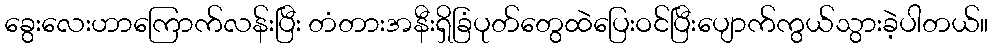
ခွေးလေးဟာကြောက်လန်းပြီး တံတားအနီးရှိခြံပုတ်တွေထဲပြေးဝင်ပြီးပျောက်ကွယ်သွားခဲ့ပါတယ်။